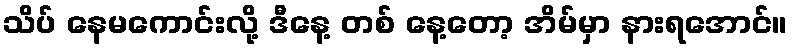
သိပ် နေမကောင်းလို့ ဒီနေ့ တစ် နေ့တော့ အိမ်မှာ နားရအောင်။